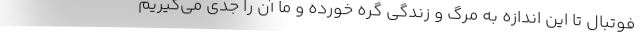
فوتبال تا این اندازه به مرگ و زندگی گره خورده و ما آن را جدی می‌گیریم